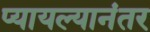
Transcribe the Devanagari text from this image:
प्यायल्यानंतर